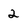
Character: 2